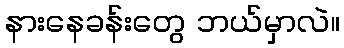
နားနေခန်းတွေ ဘယ်မှာလဲ။